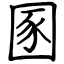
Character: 圂